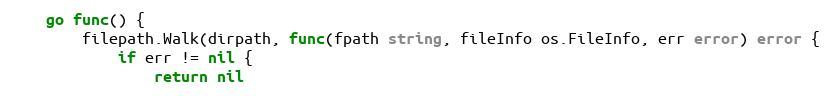
Language: Go
	go func() {
		filepath.Walk(dirpath, func(fpath string, fileInfo os.FileInfo, err error) error {
			if err != nil {
				return nil